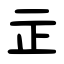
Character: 㱏